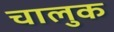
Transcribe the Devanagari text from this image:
चालुक